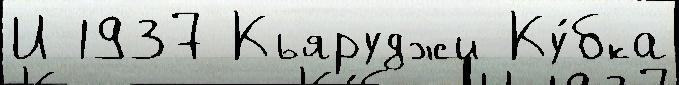
И 1937 Кьяруджи Ку́бка